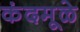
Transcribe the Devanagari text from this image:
कंदमूळे